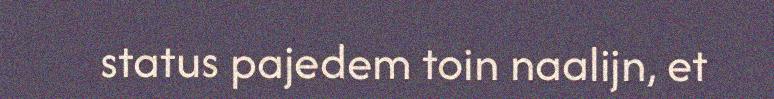
status pajedem toin naalijn, et